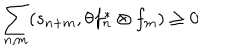
LaTeX: \sum _ { n , m } ( s _ { n + m } , \theta f _ { n } ^ { \ast } \otimes f _ { m } ) \geq 0